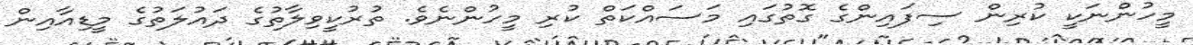
މީހުންނަކީ ކުރިން ސިފައިންގެ ގޮތުގައި މަސައްކަތް ކުރި މީހުންނެވެ. ތުރުކީވިލާތުގެ ދައުލަތުގެ މީޑިއާއިން